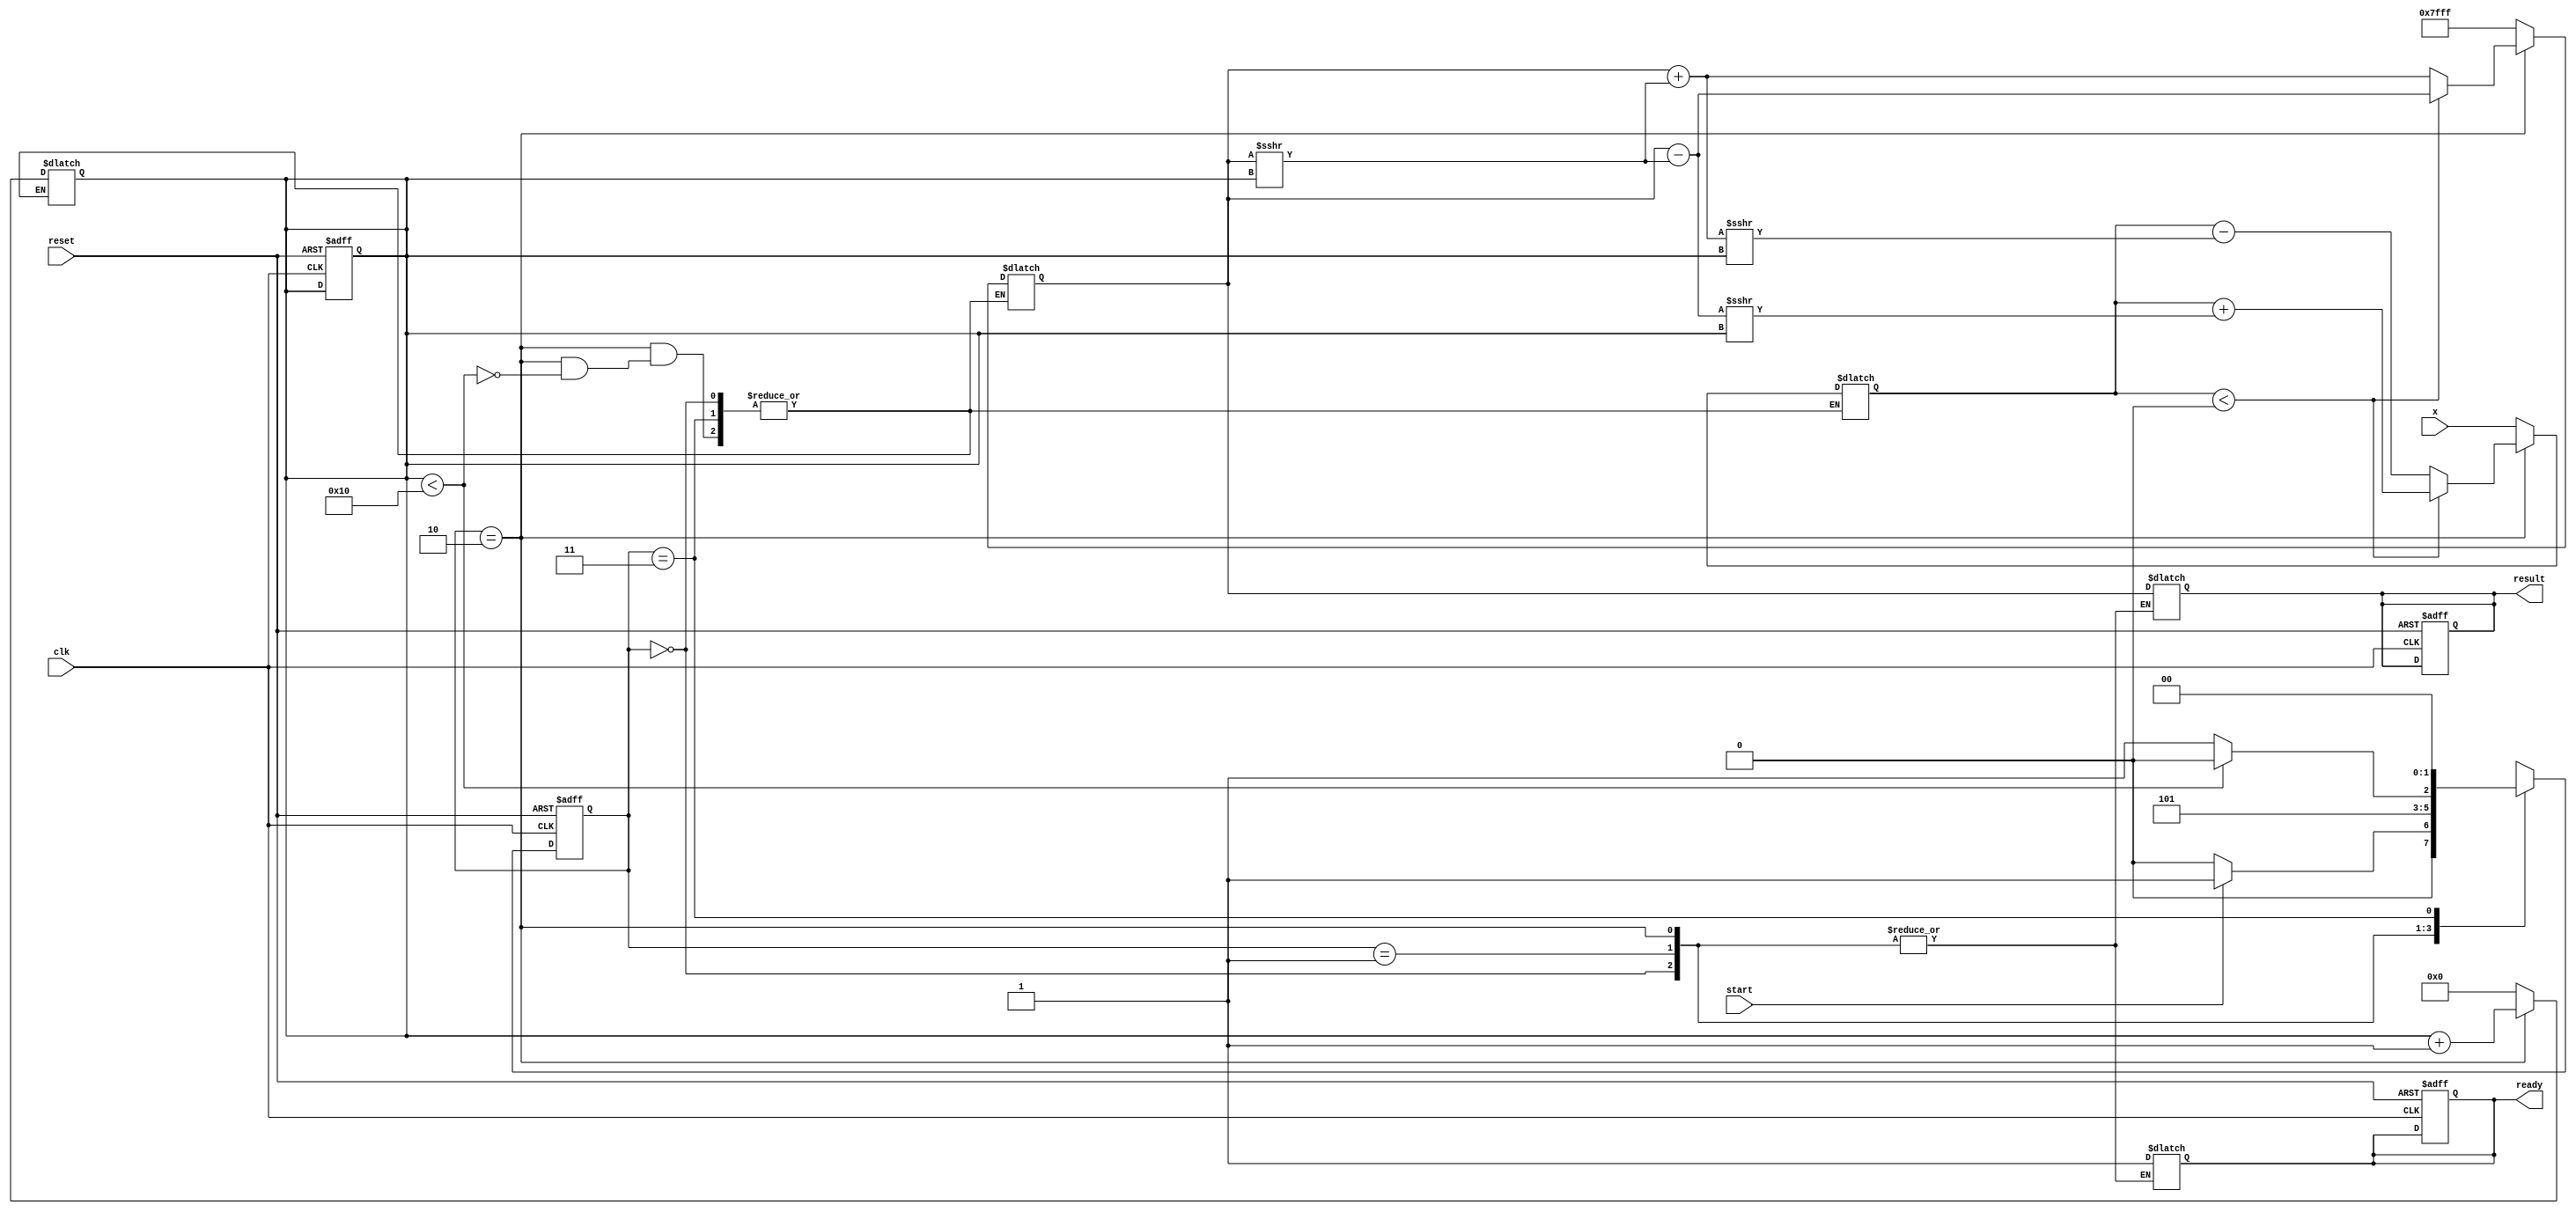
module cordic_reciprocal #(
    parameter N = 16,            // Number of bits for fixed-point representation
    parameter ITERATIONS = 16    // Number of CORDIC iterations
)(
    input wire clk,
    input wire reset,
    input wire start,
    input wire [N-1:0] x,       // Input value
    output reg [N-1:0] result,   // Computed reciprocal value
    output reg ready             // Signal indicating computation is complete
);

    // Internal signals
    reg [N-1:0] z;               // Current approximation of reciprocal
    reg [N-1:0] x_reg;           // Register for input value
    reg [3:0] iteration_count;    // Counter for iterations
    reg [1:0] state;             // State machine
    reg [1:0] next_state;        // Next state for state machine

    // State encoding
    localparam IDLE = 2'b00;
    localparam INIT = 2'b01;
    localparam ITERATE = 2'b10;
    localparam DONE = 2'b11;

    // Precomputed rotation angles (in fixed-point representation)
    reg [N-1:0] angles [0:ITERATIONS-1];
    initial begin
        // Initialize angles (in radians, scaled for fixed-point)
        angles[0] = 16'h2000; // atan(2^-0)
        angles[1] = 16'h1000; // atan(2^-1)
        angles[2] = 16'h0800; // atan(2^-2)
        angles[3] = 16'h0400; // atan(2^-3)
        angles[4] = 16'h0200; // atan(2^-4)
        angles[5] = 16'h0100; // atan(2^-5)
        angles[6] = 16'h0080; // atan(2^-6)
        angles[7] = 16'h0040; // atan(2^-7)
        angles[8] = 16'h0020; // atan(2^-8)
        angles[9] = 16'h0010; // atan(2^-9)
        angles[10] = 16'h0008; // atan(2^-10)
        angles[11] = 16'h0004; // atan(2^-11)
        angles[12] = 16'h0002; // atan(2^-12)
        angles[13] = 16'h0001; // atan(2^-13)
        angles[14] = 16'h0000; // atan(2^-14)
        angles[15] = 16'h0000; // atan(2^-15)
    end

    // State machine
    always @(posedge clk or posedge reset) begin
        if (reset) begin
            state <= IDLE;
            ready <= 0;
            iteration_count <= 0;
            result <= 0;
        end else begin
            state <= next_state;
        end
    end

    // Next state logic
    always @(*) begin
        case (state)
            IDLE: begin
                if (start) begin
                    next_state = INIT;
                end else begin
                    next_state = IDLE;
                end
            end
            INIT: begin
                x_reg = x;
                z = 16'h7FFF; // Initial guess for reciprocal (1.0 in fixed-point)
                iteration_count = 0;
                next_state = ITERATE;
            end
            ITERATE: begin
                if (iteration_count < ITERATIONS) begin
                    // CORDIC iteration logic
                    if (x_reg < 0) begin
                        z = z - (z >>> iteration_count); // Update approximation
                        x_reg = x_reg + (z >>> iteration_count); // Adjust x
                    end else begin
                        z = z + (z >>> iteration_count); // Update approximation
                        x_reg = x_reg - (z >>> iteration_count); // Adjust x
                    end
                    iteration_count = iteration_count + 1;
                    next_state = ITERATE;
                end else begin
                    next_state = DONE;
                end
            end
            DONE: begin
                result = z; // Final result
                ready = 1;  // Indicate readiness
                next_state = IDLE; // Go back to idle
            end
            default: next_state = IDLE;
        endcase
    end

endmodule